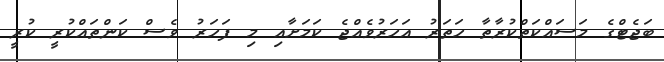
ބަޖެޓްގެ މަސައްކަތްކުރާތާ ހަތަރު އަހަރުވެއްޖެ ކަމަށާއި މި ފަހަރު ވެސް ކަންތައްކުރީ ކުރީ